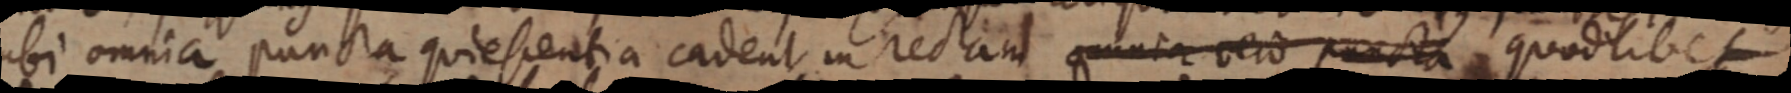
ubi omnia puncta quiescentia cadent in rectam omn_ vero puncta, quodlibet